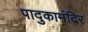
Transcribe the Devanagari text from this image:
पादुकामंदिर